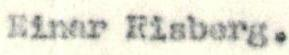
Einar Risberg.